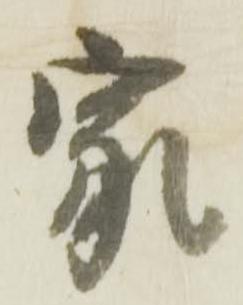
家